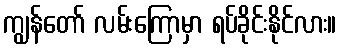
ကျွန်တော် လမ်းကြောမှာ ရပ်ခိုင်းနိုင်လား။